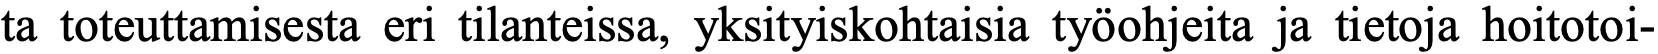
ta toteuttamisesta eri tilanteissa, yksityiskohtaisia työohjeita ja tietoja hoitotoi-